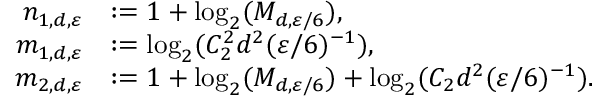
\begin{array} { r l } { n _ { 1 , d , { \varepsilon } } } & { : = 1 + \log _ { 2 } ( M _ { d , { \varepsilon } / 6 } ) , } \\ { m _ { 1 , d , { \varepsilon } } } & { : = \log _ { 2 } ( C _ { 2 } ^ { 2 } d ^ { 2 } ( { \varepsilon } / 6 ) ^ { - 1 } ) , } \\ { m _ { 2 , d , { \varepsilon } } } & { : = 1 + \log _ { 2 } ( M _ { d , { \varepsilon } / 6 } ) + \log _ { 2 } ( C _ { 2 } d ^ { 2 } ( { \varepsilon } / 6 ) ^ { - 1 } ) . } \end{array}